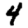
Digit: 4